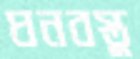
ঘনবস্তু